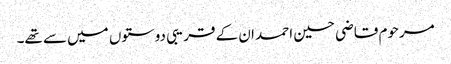
مرحوم قاضی حسین احمد ان کے قریبی دوستوں میں سے تھے۔